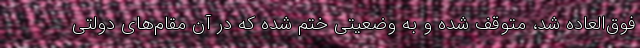
فوق‌العاده شد، متوقف شده و به وضعیتی ختم شده که در آن مقام‌های دولتی